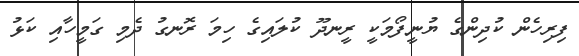
ފިރިހެން ކުދިންގެ ޔުނީފޯމަކީ ރީނދޫ ކުލައިގެ ހިމަ ރޮނގު ދެމި ގަމީހާއި ކަޅު